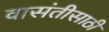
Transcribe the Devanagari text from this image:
वासंतीसाठी